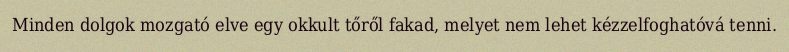
Minden dolgok mozgató elve egy okkult tőről fakad, melyet nem lehet kézzelfoghatóvá tenni.